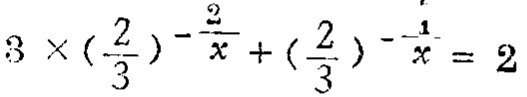
\(3\times(\frac{2}{3})^{-\frac{2}{x}}+(\frac{2}{3})^{-\frac{1}{x}} = 2\)